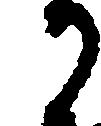
か